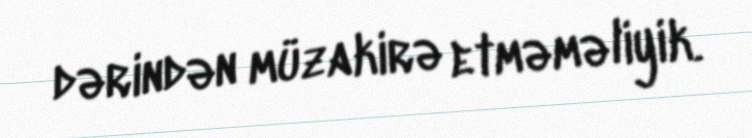
dərindən müzakirə etməməliyik.